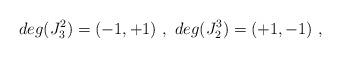
LaTeX: \begin{align*}deg (J^2_3) = (-1,+1) \ , \ deg (J^3_2) = (+1,-1) \ ,\end{align*}